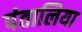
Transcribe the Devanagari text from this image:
पंतालिया